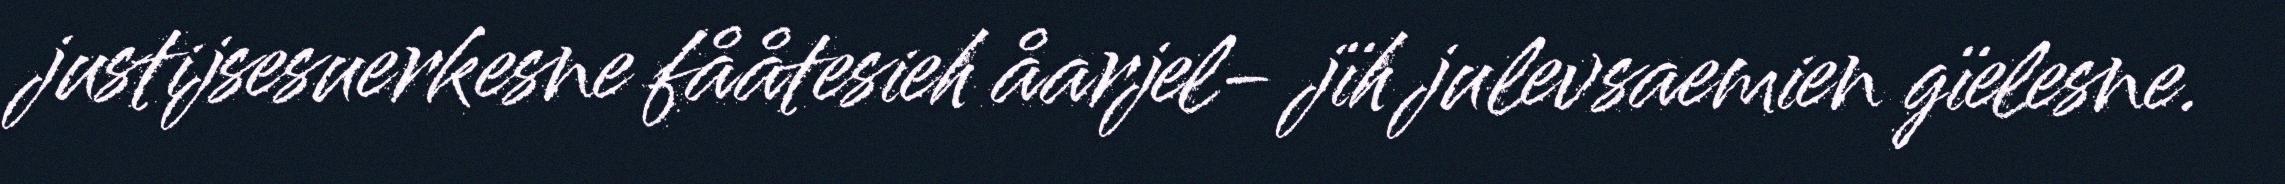
justijsesuerkesne fååtesieh åarjel- jïh julevsaemien gïelesne.